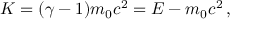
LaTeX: K = ( \gamma - 1 ) m _ { 0 } c ^ { 2 } = E - m _ { 0 } c ^ { 2 } \, ,